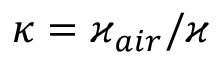
\kappa = \varkappa _ { a i r } / \varkappa